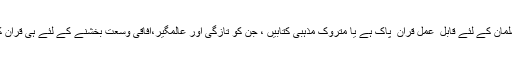
تو سوچیئے ایک مسلمان کے لئے قابل ِ عمل قران ِ پاک ہے یا متروک مذہبی کتابیں ، جن کو تازگی اور عالمگیر،آفاقی وسعت بخشنے کے لئے ہی قران کو نازل کیا گیا تھا ۔